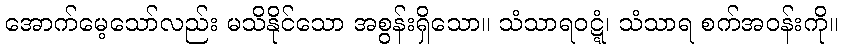
အောက်မေ့သော်လည်း မသိနိုင်သော အစွန်းရှိသော။ သံသာရဝဋ္ဋံ၊ သံသာရ စက်အဝန်းကို။